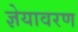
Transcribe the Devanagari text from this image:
ज्ञेयावरण